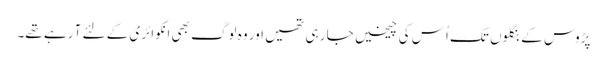
پڑوس کے بنگلوں تک اُس کی چیخیں جا رہی تھیں اور وہ لوگ بھی انکوائری کے لئے آ رہے تھے۔